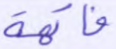
فاكهة